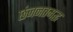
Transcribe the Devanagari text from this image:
छंजनतमद्ध